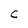
Character: C